Calcutta medical institutions reports 1871-78
Year: 1871
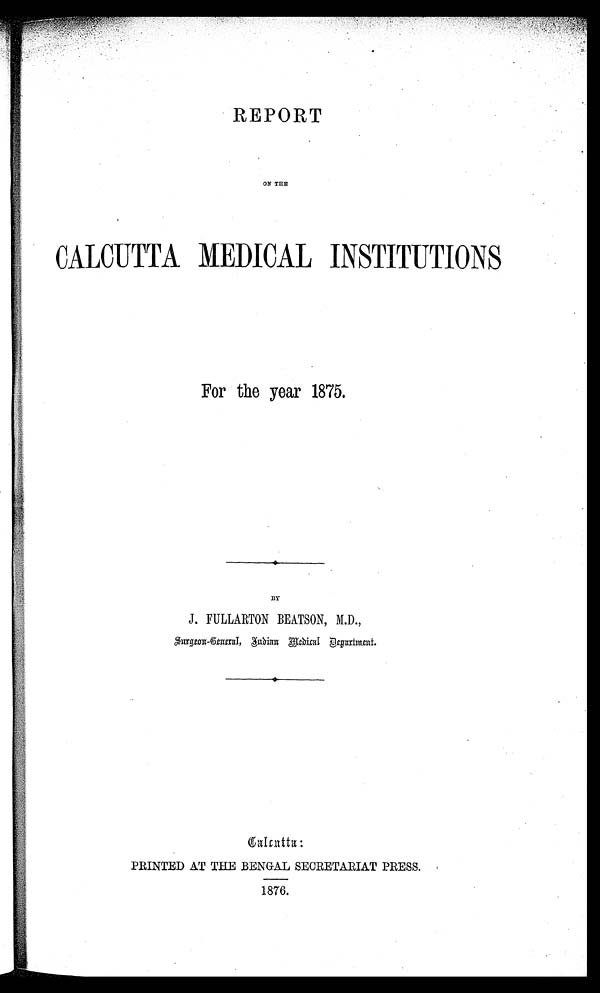
REPORT
ON THE
CALCUTTA MEDICAL INSTITUTIONS
For the year 1875.
BY
J. FULLARTON BEATSON, M.D.,
Surgeon-General, Indian Medical Department.
Calcutta:
PRINTED AT THE BENGAL SECRETARIAT PRESS.
1876.